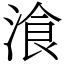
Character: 湌